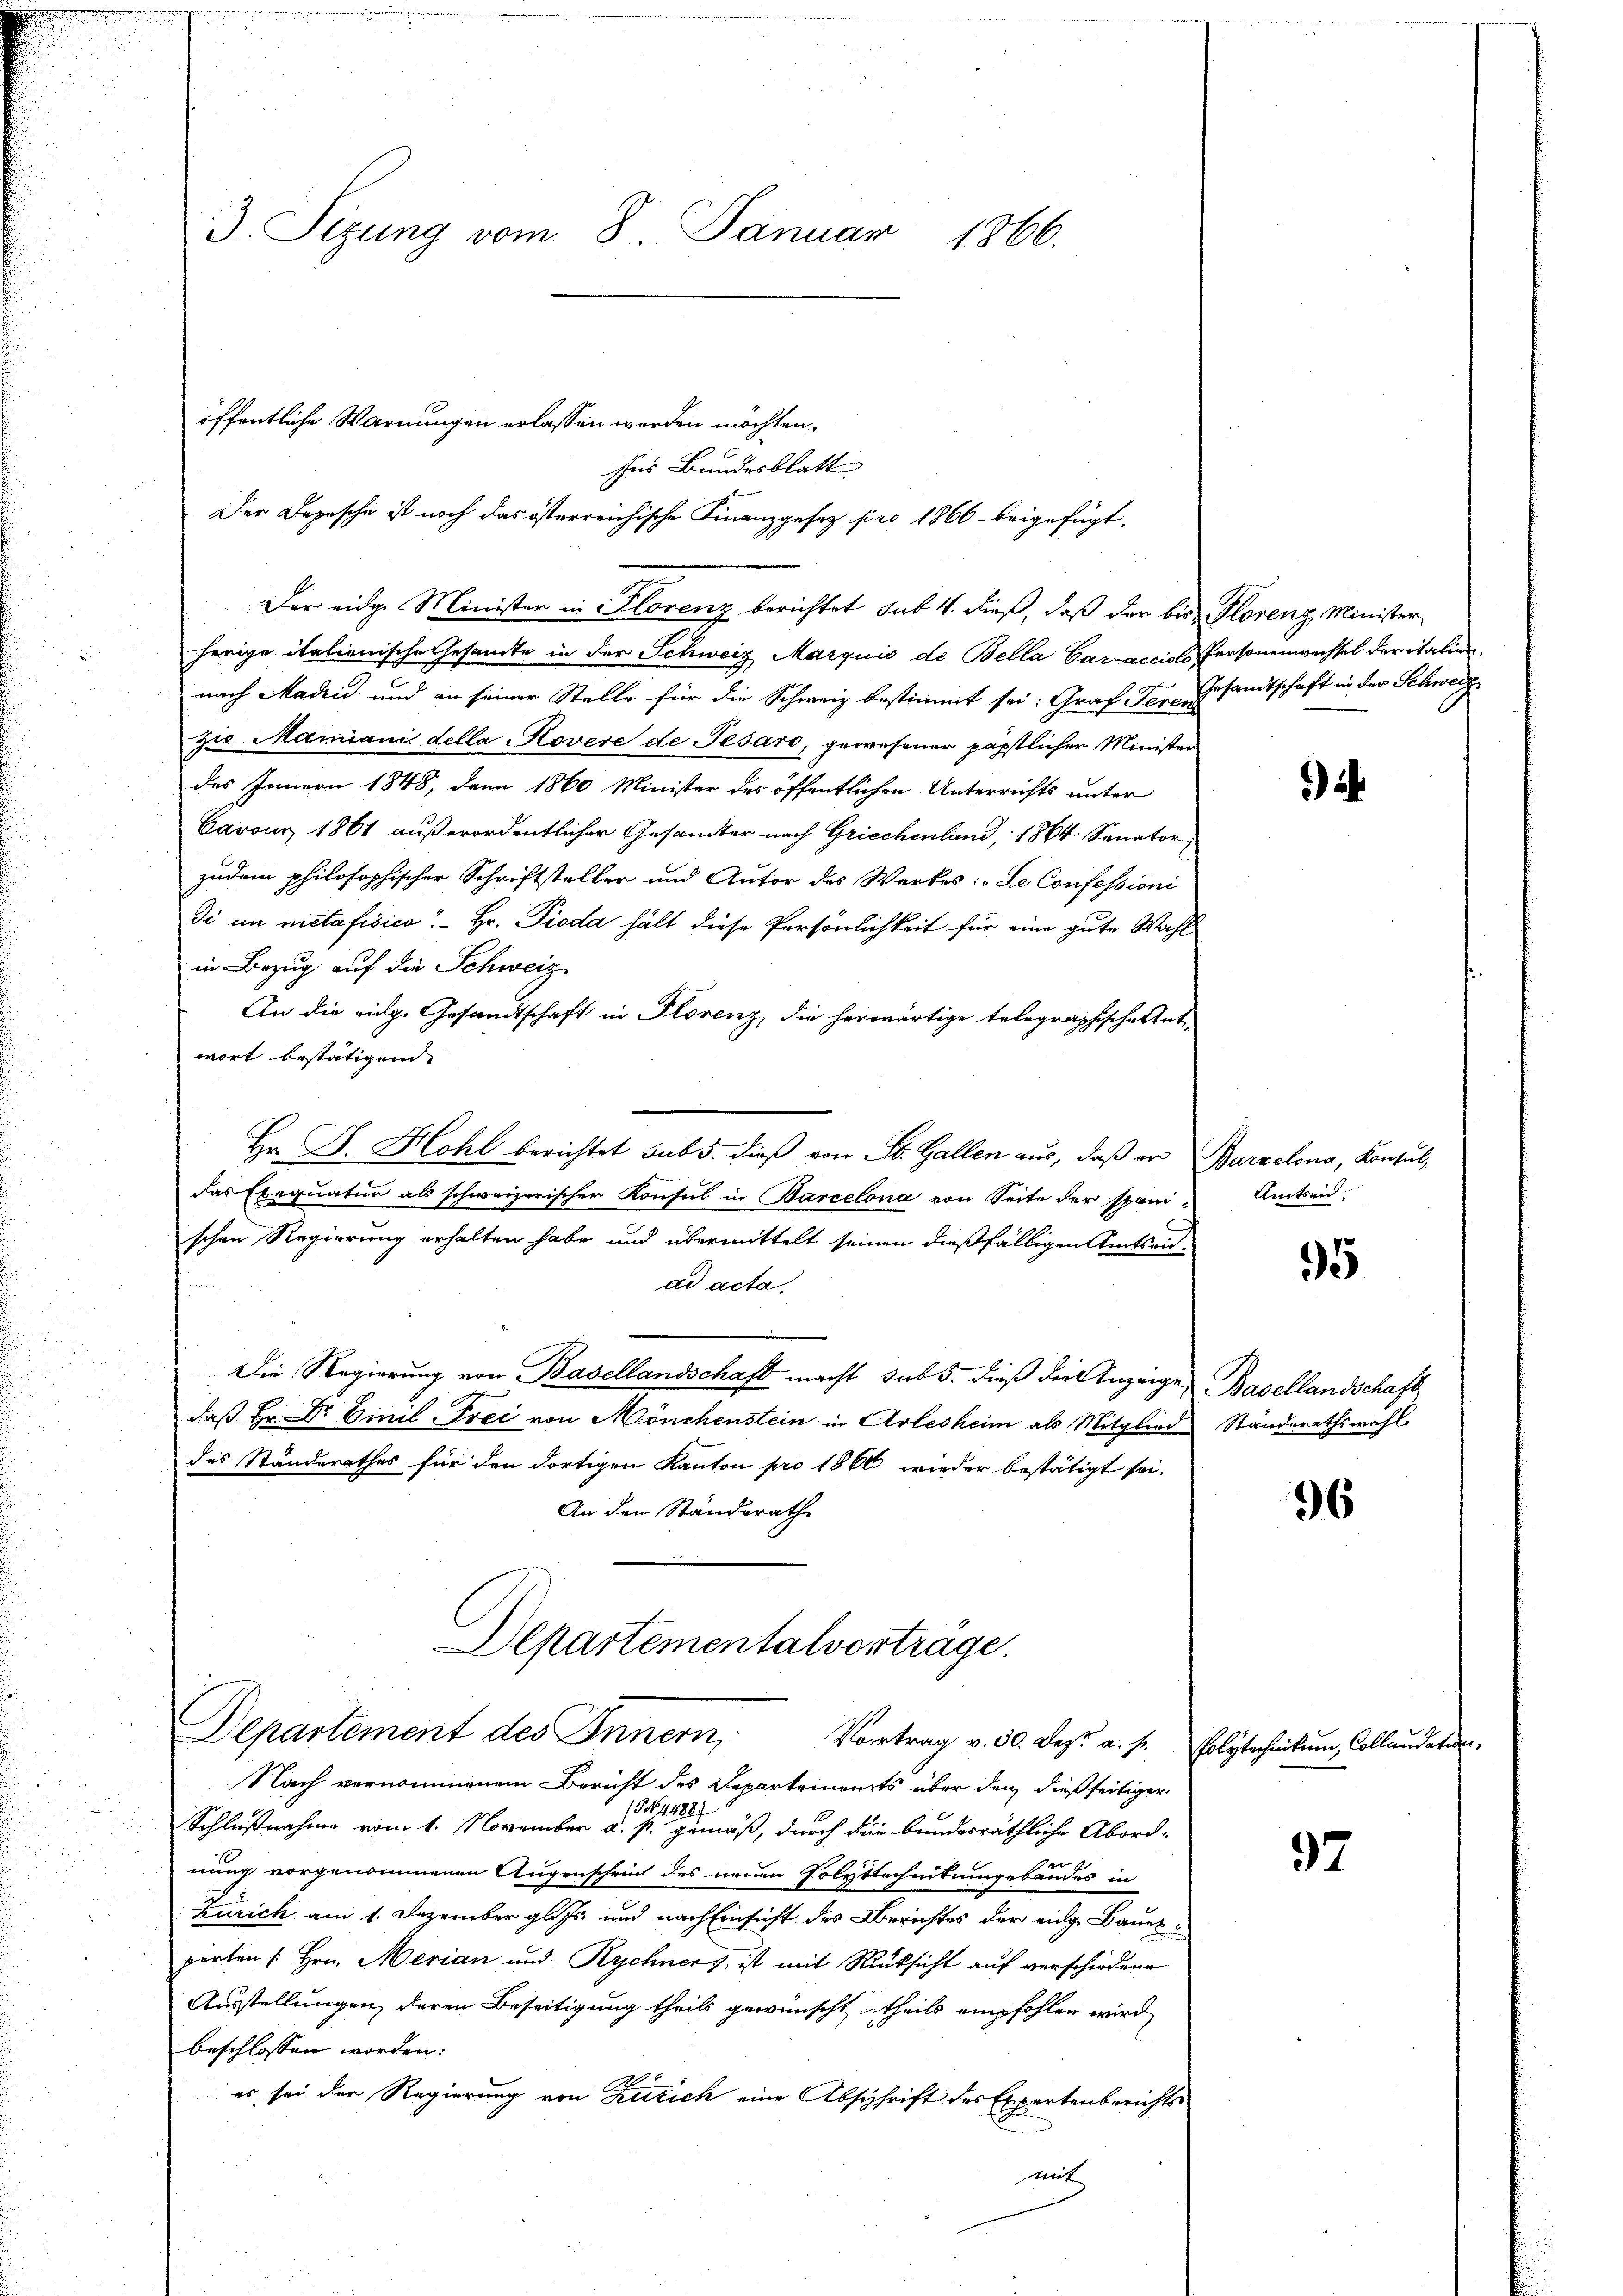
Ins Bundesblatt |
Der Depesche ist noch das österreichische Finanzgesez pro 1866 beigefügt.
Der eidge Minister in Florenz berichtet sub 4. dieß, daß der bis Florenz Minister
herige italienische Gesamte in der Schweiz Marquis de Bella Carcacciols Personenwechsel der italien
nach Madrid und an seiner Stelle für die Schweiz bestimmt sei. Graf der Gesandtschaft in der Schweiz
zio Marianis della Rovere de Jesaro, gewesener päpstlicher Minister
des Innern 1848, dann 1860 Minister des öffentlichen Unterrichts unter
Cavous 1861 außerordentlicher Gesandter nach Griechenland, 1864 Senator
zudem philosophischer Schriftsteller und Autor des Werkes: „Le Confessioni
di in metafisico - Hr. Pioda hält diese Persönlichkeit für eine gute Wahl
in Bezug auf die Schweiz
An die eige Gesandtschaft in Florenz, die herwärtige Telegraphische tute
wort bestätigen.
Hr. J. Hohl berichtet sub 5. dieβ von St. Gallen aus, daβ er Parzelona, Consul,
das Exequatur als schweizerischer Konsul in Barcelona von Seite der spanischen Regierung erhalten habe und übermittelt seinen dießfälligen Amtseitad acta.
Die Regierung von Basellandschaft macht sub 5. dieß der Anzeigen Basellandschaft
daß Hr. Dr. Einil Frei von Mönchenstein in Arlesheim als Mitglied Ständerathswahl
das Standerathes für den dortigen Kanton pro 1866 wieder bestätigt sei.
An den Ständerath
Departementalverträge.

3. Sizung vom 8. Januar
1866.

öffentliche Warnungen erlassen worden möchten.

Departement des Innern,
Vortrag v. 30. Dez. a. p. Polytechnikum Collaudaten.

Nach vernommenem Bericht des Departements über den dießseitiger
NNo. 4488.
Schlußnahme vom 1. November u. s. gemäß, durch die bundesräthliche Abordx
nung vorgenommenen Augenschein des neuen Polytechnitumgebäudes in
Zürich am 1. Dezember glits und nach Einsicht des Berichtes der eige Bauerperten /: Hrn. Merian und Rychner), ist mit Rücksicht auf verschiedene
Ausstellungen, deren Beseitigung theils gewünscht theils empfohlen wird
beschlossen worden:
es sei der Regierung von Zürich eine Abschrift des Expertenberichtsmit

4

Amtseid.

95

96

97